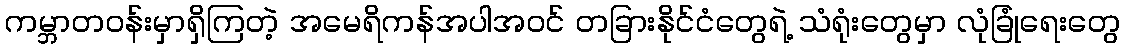
ကမ္ဘာတဝန်းမှာရှိကြတဲ့ အမေရိကန်အပါအဝင် တခြားနိုင်ငံတွေရဲ့ သံရုံးတွေမှာ လုံခြုံရေးတွေ